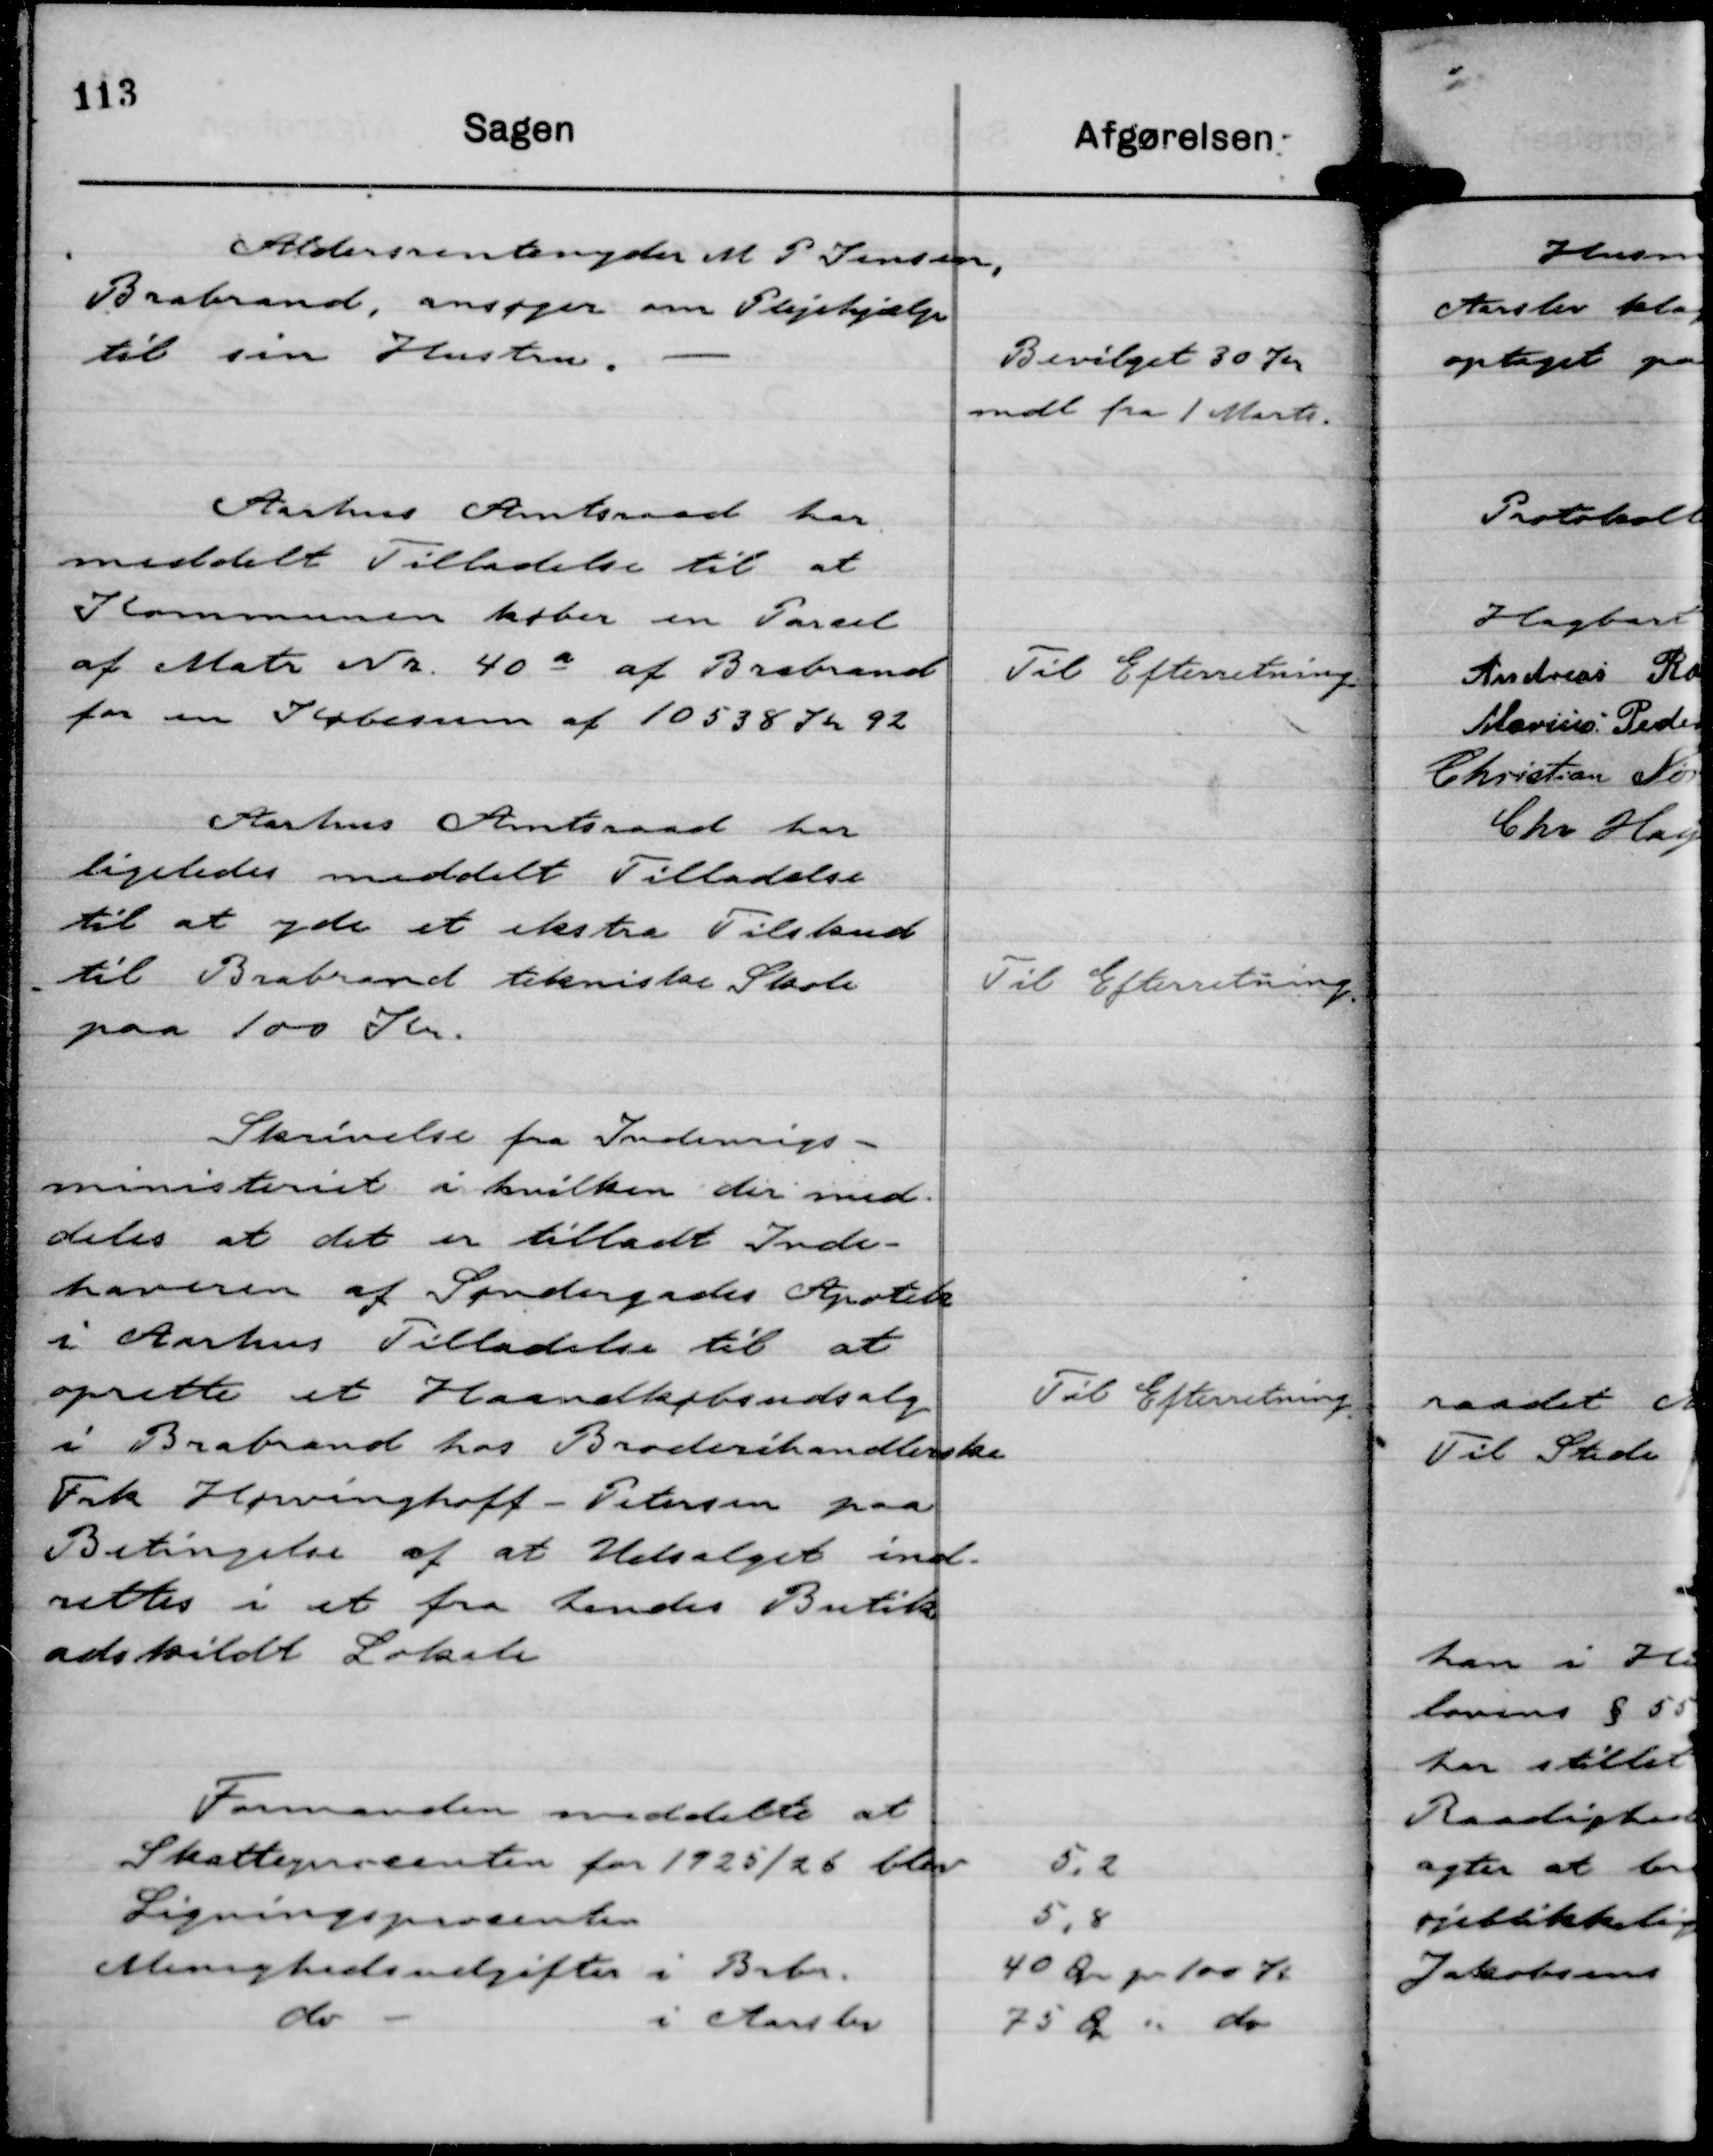
Transskription:
Aldersrentenyder M P Jensen,
Brabrand, ansøger om Plejehjælp
til sin Hustru.

Bevilget 30 Kr
mdl. fra 1 Marts.

Aarhus Amtsraad har
meddelt Tilladelse til at
Kommunen køber en Parcel
af Matr Nr 40 a af Brabrand
for en Købesum af 10538 Kr 92

Til Efterretning

Aarhus Amtsraad har
ligeledes meddelt Tilladelse
til at yde et ekstra Tilskud
til Brabrand tekniske Skole
paa 100 Kr.

Til Efterretning.

Skrivelse fra Indenrigs-
ministeriet i hvilken der med-
deles at det er tilladt Inde-
haveren af Søndergades Apotek
i Aarhus Tilladelse til at
oprette et Haandkøbsudsalg
i Brabrand hos Broderihandlerske
Frk Høwinghoff - Petersen paa
Betingelse af at Udsalget ind-
rettes i et fra hendes Butik
adskildt Lokale

Til Efterretning.